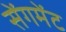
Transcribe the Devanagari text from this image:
सेंगमेंट